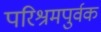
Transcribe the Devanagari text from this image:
परिश्रमपुर्वक